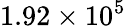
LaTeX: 1.92\times 10^{5}